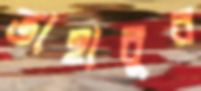
তাহাবুর